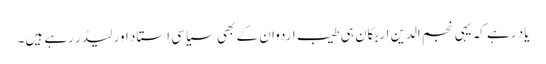
یاد رہے کہ یہی نجم الدین اربکان ہی طیب اردوان کے بھی سیاسی استاد اور لیڈر رہے ہیں۔